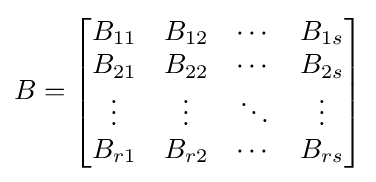
B={\begin{bmatrix}B_{11}&B_{12}&\cdots &B_{1s}\\B_{21}&B_{22}&\cdots &B_{2s}\\\vdots &\vdots &\ddots &\vdots \\B_{r1}&B_{r2}&\cdots &B_{rs}\end{bmatrix}}